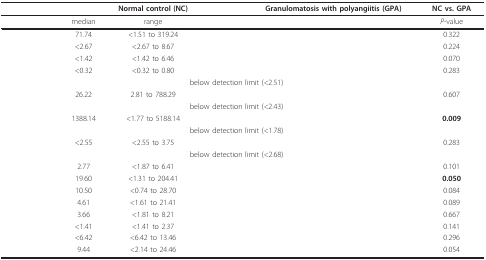
<table><thead><tr><td>[EMPTY_CELL]</td><td colspan="3"><b>Normal control (NC)</b></td><td><b>Granulomatosis with polyangiitis (GPA)</b></td><td><b>NC vs. GPA</b></td></tr></thead><tbody><tr><td>[EMPTY_CELL]</td><td>median</td><td>range</td><td>[EMPTY_CELL]</td><td>[EMPTY_CELL]</td><td><i>P</i>-value</td></tr><tr><td>[EMPTY_CELL]</td><td>71.74</td><td>&lt;1.51 to 319.24</td><td>[EMPTY_CELL]</td><td>[EMPTY_CELL]</td><td>0.322</td></tr><tr><td>[EMPTY_CELL]</td><td>&lt;2.67</td><td>&lt;2.67 to 8.67</td><td>[EMPTY_CELL]</td><td>[EMPTY_CELL]</td><td>0.224</td></tr><tr><td>[EMPTY_CELL]</td><td>&lt;1.42</td><td>&lt;1.42 to 6.46</td><td>[EMPTY_CELL]</td><td>[EMPTY_CELL]</td><td>0.070</td></tr><tr><td>[EMPTY_CELL]</td><td>&lt;0.32</td><td>&lt;0.32 to 0.80</td><td>[EMPTY_CELL]</td><td>[EMPTY_CELL]</td><td>0.283</td></tr><tr><td>[EMPTY_CELL]</td><td colspan="4">below detection limit (&lt;2.51)</td><td>[EMPTY_CELL]</td></tr><tr><td>[EMPTY_CELL]</td><td>26.22</td><td>2.81 to 788.29</td><td>[EMPTY_CELL]</td><td>[EMPTY_CELL]</td><td>0.607</td></tr><tr><td>[EMPTY_CELL]</td><td colspan="4">below detection limit (&lt;2.43)</td><td>[EMPTY_CELL]</td></tr><tr><td>[EMPTY_CELL]</td><td>1388.14</td><td>&lt;1.77 to 5188.14</td><td>[EMPTY_CELL]</td><td>[EMPTY_CELL]</td><td><b>0.009</b></td></tr><tr><td>[EMPTY_CELL]</td><td colspan="4">below detection limit (&lt;1.78)</td><td>[EMPTY_CELL]</td></tr><tr><td>[EMPTY_CELL]</td><td>&lt;2.55</td><td>&lt;2.55 to 3.75</td><td>[EMPTY_CELL]</td><td>[EMPTY_CELL]</td><td>0.283</td></tr><tr><td>[EMPTY_CELL]</td><td colspan="4">below detection limit (&lt;2.68)</td><td>[EMPTY_CELL]</td></tr><tr><td>[EMPTY_CELL]</td><td>2.77</td><td>&lt;1.87 to 6.41</td><td>[EMPTY_CELL]</td><td>[EMPTY_CELL]</td><td>0.101</td></tr><tr><td>[EMPTY_CELL]</td><td>19.60</td><td>&lt;1.31 to 204.41</td><td>[EMPTY_CELL]</td><td>[EMPTY_CELL]</td><td><b>0.050</b></td></tr><tr><td>[EMPTY_CELL]</td><td>10.50</td><td>&lt;0.74 to 28.70</td><td>[EMPTY_CELL]</td><td>[EMPTY_CELL]</td><td>0.084</td></tr><tr><td>[EMPTY_CELL]</td><td>4.61</td><td>&lt;1.61 to 21.41</td><td>[EMPTY_CELL]</td><td>[EMPTY_CELL]</td><td>0.089</td></tr><tr><td>[EMPTY_CELL]</td><td>3.66</td><td>&lt;1.81 to 8.21</td><td>[EMPTY_CELL]</td><td>[EMPTY_CELL]</td><td>0.667</td></tr><tr><td>[EMPTY_CELL]</td><td>&lt;1.41</td><td>&lt;1.41 to 2.37</td><td>[EMPTY_CELL]</td><td>[EMPTY_CELL]</td><td>0.141</td></tr><tr><td>[EMPTY_CELL]</td><td>&lt;6.42</td><td>&lt;6.42 to 13.46</td><td>[EMPTY_CELL]</td><td>[EMPTY_CELL]</td><td>0.296</td></tr><tr><td>[EMPTY_CELL]</td><td>9.44</td><td>&lt;2.14 to 24.46</td><td>[EMPTY_CELL]</td><td>[EMPTY_CELL]</td><td>0.054</td></tr></tbody></table>